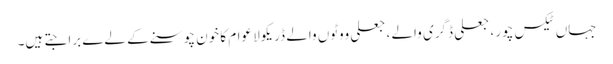
جہاں ٹیکس چور ، جعلی ڈگری والے ، جعلی ووٹوں والے ڈریکولا عوام کا خون چوسنے کے لےے برا جتے ہیں۔